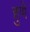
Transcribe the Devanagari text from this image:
हुणे